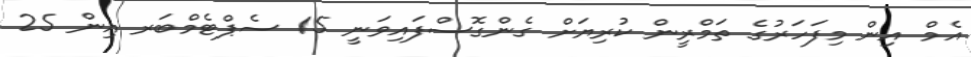
އެމް އިން މިފަހަރުގެ ތަމްރީން ކުރިޔަށް ގެންގޮސްފައިވަނީ 15 ސެޕްޓެމްބަރ އިން 25